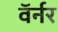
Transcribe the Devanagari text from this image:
वॅर्नर